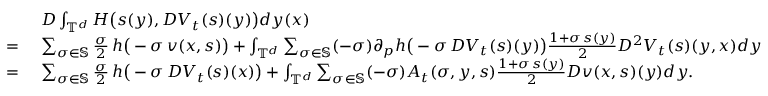
\begin{array} { r l } & { \ D \int _ { \mathbb { T } ^ { d } } H \big ( s ( y ) , D V _ { t } ( s ) ( { y } ) \big ) d y ( x ) } \\ { = } & { \ \sum _ { \sigma \in \mathbb { S } } \frac { \sigma } { 2 } \, h \big ( - \sigma \, v ( x , s ) \big ) + \int _ { \mathbb { T } ^ { d } } \sum _ { \sigma \in \mathbb { S } } ( - \sigma ) \partial _ { p } h \big ( - \sigma \, D V _ { t } ( s ) ( y ) \big ) \frac { 1 + \sigma \, s ( y ) } { 2 } D ^ { 2 } V _ { t } ( s ) ( y , x ) d y } \\ { = } & { \ \sum _ { \sigma \in \mathbb { S } } \frac { \sigma } { 2 } \, h \big ( - \sigma \, D V _ { t } ( s ) ( x ) \big ) + \int _ { \mathbb { T } ^ { d } } \sum _ { \sigma \in \mathbb { S } } ( - \sigma ) A _ { t } ( \sigma , y , s ) \frac { 1 + \sigma \, s ( y ) } { 2 } D v ( x , s ) ( y ) d y . } \end{array}